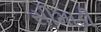
સીમાડી